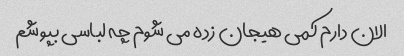
الان دارم کمی هیجان زده می شوم چه لباسی بپوشم